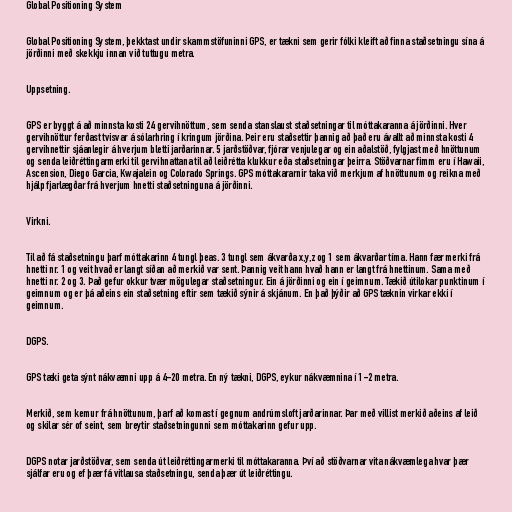
Global Positioning System

Global Positioning System, þekktast undir skammstöfuninni GPS, er tækni sem gerir fólki kleift að finna staðsetningu sína á
jörðinni með skekkju innan við tuttugu metra.

Uppsetning.

GPS er byggt á að minnsta kosti 24 gervihnöttum, sem senda stanslaust staðsetningar til móttakaranna á jörðinni. Hver
gervihnöttur ferðast tvisvar á sólarhring í kringum jörðina. Þeir eru staðsettir þannig að það eru ávallt að minnsta kosti 4
gervihnettir sjáanlegir á hverjum bletti jarðarinnar. 5 jarðstöðvar, fjórar venjulegar og ein aðalstöð, fylgjast með hnöttunum
og senda leiðréttingarmerki til gervihnattana til að leiðrétta klukkur eða staðsetningar þeirra. Stöðvarnar fimm eru í Hawaii,
Ascension, Diego Garcia, Kwajalein og Colorado Springs. GPS móttakararnir taka við merkjum af hnöttunum og reikna með
hjálp fjarlægðar frá hverjum hnetti staðsetninguna á jörðinni.

Virkni.

Til að fá staðsetningu þarf móttakarinn 4 tungl þeas. 3 tungl sem ákvarða x,y,z og 1 sem ákvarðar tíma. Hann fær merki frá
hnetti nr. 1 og veit hvað er langt síðan að merkið var sent. Þannig veit hann hvað hann er langt frá hnettinum. Sama með
hnetti nr. 2 og 3. Það gefur okkur tvær mögulegar staðsetningur. Ein á jörðinni og ein í geimnum. Tækið útilokar punktinum í
geimnum og er þá aðeins ein staðsetning eftir sem tækið sýnir á skjánum. En það þýðir að GPS tæknin virkar ekki í
geimnum.

DGPS.

GPS tæki geta sýnt nákvæmni upp á 4-20 metra. En ný tækni, DGPS, eykur nákvæmnina í 1-2 metra.

Merkið, sem kemur frá hnöttunum, þarf að komast í gegnum andrúmsloft jarðarinnar. Þar með villist merkið aðeins af leið
og skilar sér of seint, sem breytir staðsetningunni sem móttakarinn gefur upp.

DGPS notar jarðstöðvar, sem senda út leiðréttingarmerki til móttakaranna. Því að stöðvarnar vita nákvæmlega hvar þær
sjálfar eru og ef þær fá vitlausa staðsetningu, senda þær út leiðréttingu.